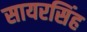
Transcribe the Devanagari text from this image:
सायरसिंह